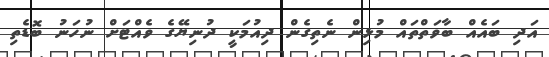
އަދި ބައެއް ބާވަތްތައް މުޅިން ނެތިގެން ދިއުމަކީ ދުނިޔޭގެ ވެއްޓަށް ނުހަނު ބޮޑެތި